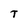
Character: T